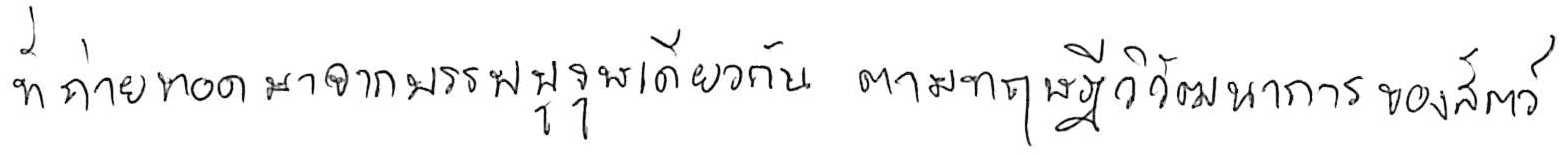
ที่ถ่ายทอดมาจากบรรพบุรุษเดียวกัน ตามทฤษฎีวิวัฒนาการของสัตว์